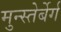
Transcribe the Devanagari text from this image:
मुन्स्तेर्बेर्ग